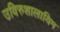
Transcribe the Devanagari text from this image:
उविरुशालायिम